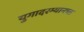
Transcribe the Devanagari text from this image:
युगादरम्यानचा